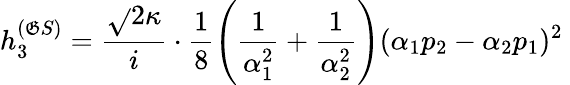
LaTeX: h_{3}^{(\mathfrak{G}S)}=\frac{{\sqrt{}{{2}}\kappa}}{{i}}\cdot\frac{{1}}{{8}}\left(\frac{{1}}{{\alpha_{1}^{2}}}+\frac{{1}}{{\alpha_{2}^{2}}}\right)(\alpha_{1}p_{2}-\alpha_{2}p_{1})^{2}~